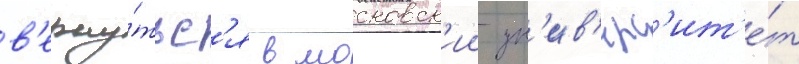
в'ерну́тьс'я в московск'ии ун'ив'ерс'ит'е́т